Vaccination in Bombay 1869-1873 - 1869-1873
Year: 1869
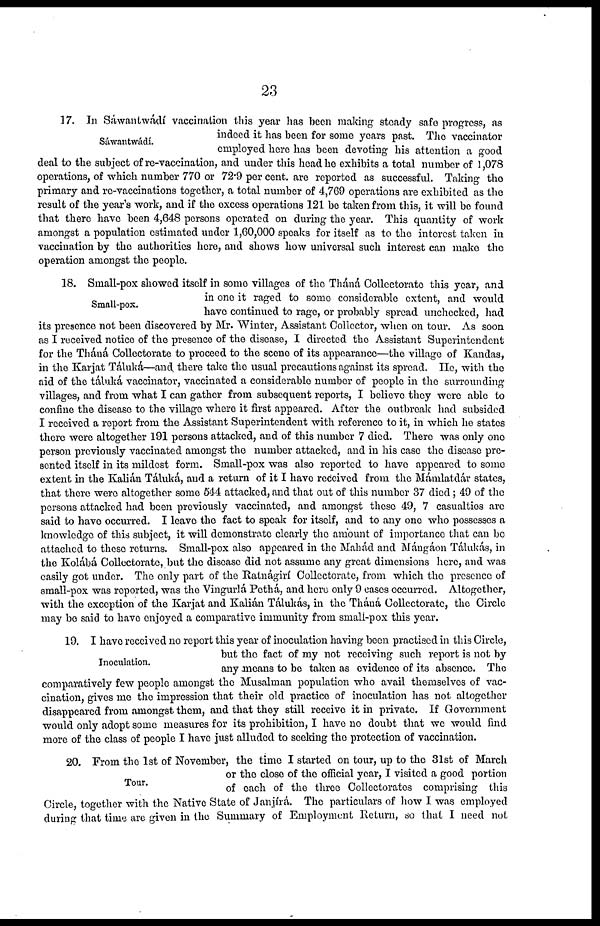
23
Sáwantwádí.
17. In Sáwantwádí vaccination this year has been making steady safe progress, as
indeed it has been for some years past. The vaccinator
employed here has been devoting his attention a good
deal to the subject of re-vaccination, and under this head he exhibits a total number of 1,078
operations, of which number 770 or 72.9 per cent. are reported as successful. Taking the
primary and re-vaccinations together, a total number of 4,769 operations are exhibited as the
result of the year's work, and if the excess operations 121 be taken from this, it will be found
that there have been 4,648 persons operated on during the year. This quantity of work
amongst a population estimated under 1,60,000 speaks for itself as to the interest taken in
vaccination by the authorities here, and shows how universal such interest can make the
operation amongst the people.
Small-pox.
18. Small-pox showed itself in some villages of the Tháná Collectorate this year, and
in one it raged to some considerable extent, and would
have continued to rage, or probably spread unchecked, had
its presence not been discovered by Mr. Winter, Assistant Collector, when on tour. As soon
as I received notice of the presence of the disease, I directed the Assistant Superintendent
for the Tháná Collectorate to proceed to the scene of its appearance—the village of Kandas,
in the Karjat Táluká—and there take the usual precautions against its spread. He, with the
aid of the táluká vaccinator, vaccinated a considerable number of people in the surrounding
villages, and from what I can gather from subsequent reports, I believe they were able to
confine the disease to the village where it first appeared. After the outbreak had subsided
I received a report from the Assistant Superintendent with reference to it, in which he states
there were altogether 191 persons attacked, and of this number 7 died. There was only one
person previously vaccinated amongst the number attacked, and in his case the disease pre-
sented itself in its mildest form. Small-pox was also reported to have appeared to some
extent in the Kalián Táluká, and a return of it I have received from the Mámlatdár states,
that there were altogether some 544 attacked, and that out of this number 37 died; 49 of the
persons attacked had been previously vaccinated, and amongst these 49, 7 casualties are
said to have occurred. I leave the fact to speak for itself, and to any one who possesses a
knowledge of this subject, it will demonstrate clearly the amount of importance that can be
attached to these returns. Small-pox also appeared in the Mahád and Mángáon Tálukás, in
the Kolábá Collectorate, but the disease did not assume any great dimensions here, and was
easily got under. The only part of the Ratnágirí Collectorate, from which the presence of
small-pox was reported, was the Vingurlá Pethá, and here only 9 cases occurred. Altogether,
with the exception of the Karjat and Kalián Tálukás, in the Tháná Collectorate, the Circle
may be said to have enjoyed a comparative immunity from small-pox this year.
Inoculation.
19. I have received no report this year of inoculation having been practised in this Circle,
but the fact of my not receiving such report is not by
any means to be taken as evidence of its absence. The
comparatively few people amongst the Musalman population who avail themselves of vac-
cination, gives me the impression that their old practice of inoculation has not altogether
disappeared from amongst them, and that they still receive it in private. If Government
would only adopt some measures for its prohibition, I have no doubt that we would find
more of the class of people I have just alluded to seeking the protection of vaccination.
Tour.
20. From the 1st of November, the time I started on tour, up to the 31st of March
or the close of the official year, I visited a good portion
of each of the three Collectorates comprising this
Circle, together with the Native State of Janjírá. The particulars of how I was employed
during that time are given in the Summary of Employment Return, so that I need not